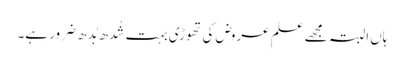
ہاں البتہ مجھے علمِ عروض کی تھوڑی بہت شُدھ بُدھ ضرور ہے۔